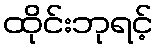
ထိုင်းဘုရင့်